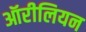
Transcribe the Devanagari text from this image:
ऑरीलियन